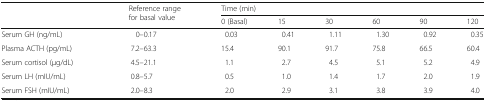
<table><thead><tr><td rowspan="2"></td><td rowspan="2"><b>Reference range for basal value</b></td><td colspan="6"><b>Time (min)</b></td></tr><tr><td><b>0 (Basal)</b></td><td><b>15</b></td><td><b>30</b></td><td><b>60</b></td><td><b>90</b></td><td><b>120</b></td></tr></thead><tbody><tr><td>Serum GH (ng/mL)</td><td>0–0.17</td><td>0.03</td><td>0.41</td><td>1.11</td><td>1.30</td><td>0.92</td><td>0.35</td></tr><tr><td>Plasma ACTH (pg/mL)</td><td>7.2–63.3</td><td>15.4</td><td>90.1</td><td>91.7</td><td>75.8</td><td>66.5</td><td>60.4</td></tr><tr><td>Serum cortisol (μg/dL)</td><td>4.5–21.1</td><td>1.1</td><td>2.7</td><td>4.5</td><td>5.1</td><td>5.2</td><td>4.9</td></tr><tr><td>Serum LH (mIU/mL)</td><td>0.8–5.7</td><td>0.5</td><td>1.0</td><td>1.4</td><td>1.7</td><td>2.0</td><td>1.9</td></tr><tr><td>Serum FSH (mIU/mL)</td><td>2.0–8.3</td><td>2.0</td><td>2.9</td><td>3.1</td><td>3.8</td><td>3.9</td><td>4.0</td></tr></tbody></table>